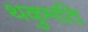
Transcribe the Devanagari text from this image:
थकुमति